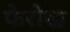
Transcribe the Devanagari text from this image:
फेरोख